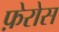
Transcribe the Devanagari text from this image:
फ़ेरोस